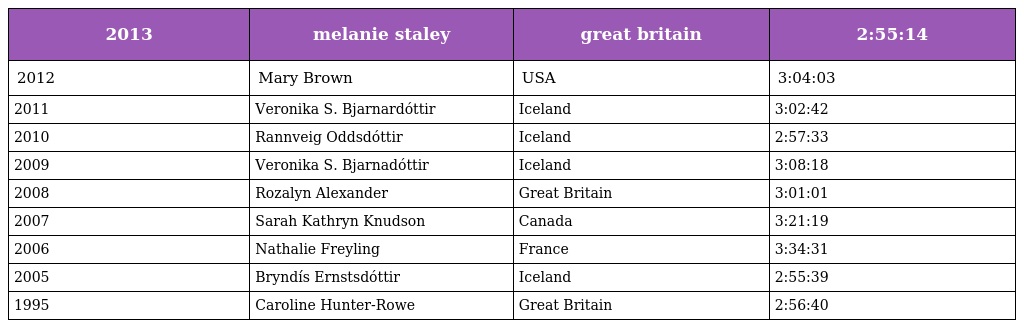
| 2013 | melanie staley | great britain | 2:55:14 |
 | --- | --- | --- | --- |
 | 2012 | Mary Brown | USA | 3:04:03 |
 | 2011 | Veronika S. Bjarnardóttir | Iceland | 3:02:42 |
 | 2010 | Rannveig Oddsdóttir | Iceland | 2:57:33 |
 | 2009 | Veronika S. Bjarnadóttir | Iceland | 3:08:18 |
 | 2008 | Rozalyn Alexander | Great Britain | 3:01:01 |
 | 2007 | Sarah Kathryn Knudson | Canada | 3:21:19 |
 | 2006 | Nathalie Freyling | France | 3:34:31 |
 | 2005 | Bryndís Ernstsdóttir | Iceland | 2:55:39 |
 | 1995 | Caroline Hunter-Rowe | Great Britain | 2:56:40 |